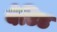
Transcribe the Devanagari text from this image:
वेटिड